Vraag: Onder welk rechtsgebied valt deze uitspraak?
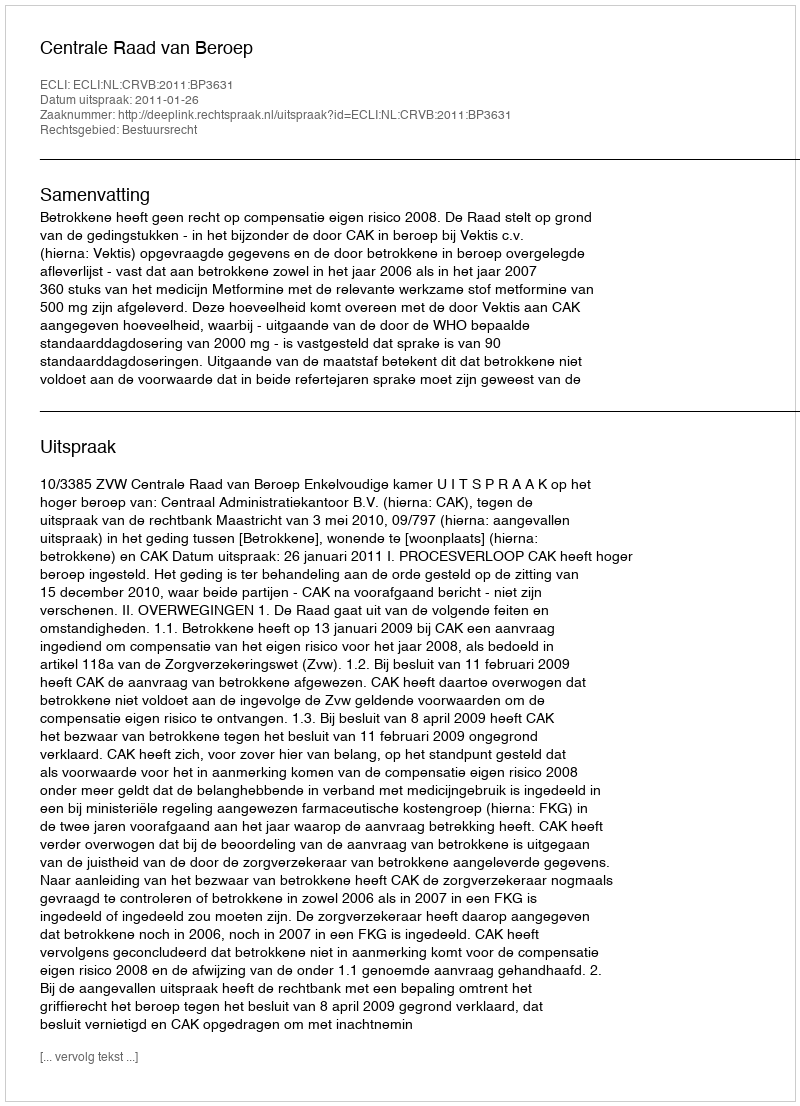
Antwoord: Bestuursrecht